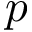
p